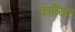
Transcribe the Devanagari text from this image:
काव्यिक